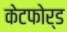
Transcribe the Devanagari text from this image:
केटफोर्ड